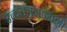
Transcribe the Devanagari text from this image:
उच्चतंत्रज्ञानाशी